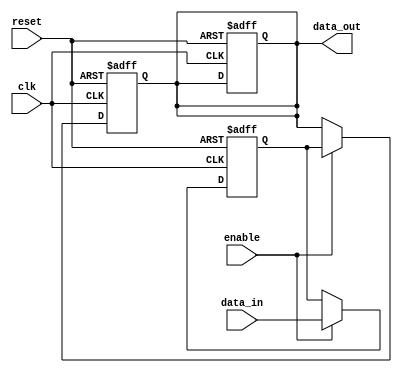
module disable_block (
    input wire clk,          // Clock signal
    input wire reset,        // Reset signal
    input wire enable,       // Enable control signal
    input wire [7:0] data_in,// Input data to be processed
    output reg [7:0] data_out // Output data after processing
);
    
    // Internal state variable
    reg [7:0] internal_data;

    // Process block
    always @(posedge clk or posedge reset) begin
        if (reset) begin
            // On reset, initialize outputs and internal data
            data_out <= 8'b0;
            internal_data <= 8'b0;
        end else if (enable) begin
            // When enabled, process the input data
            internal_data <= data_in;  // Example processing
            // You can add additional logic here as needed
        end
    end

    // Output logic
    always @(posedge clk or posedge reset) begin
        if (reset) begin
            data_out <= 8'b0; // Reset output
        end else if (enable) begin
            data_out <= internal_data; // Output when enabled
        end
        // If not enabled, data_out remains unchanged
    end

endmodule